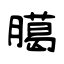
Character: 臈